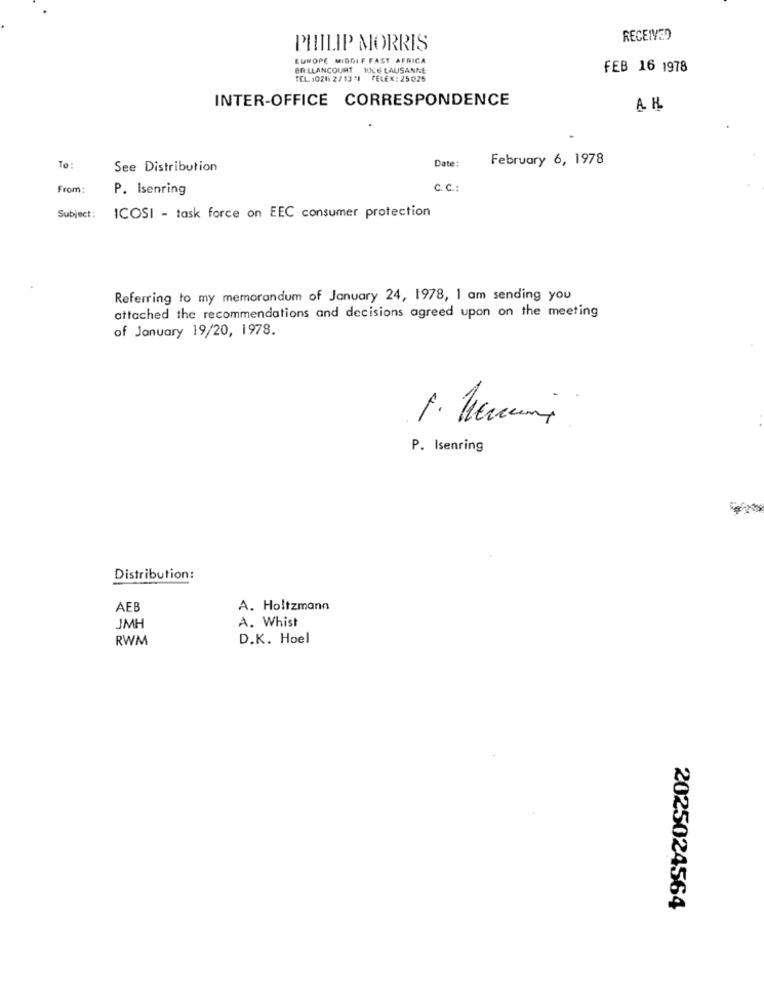
RECEIVED
PHILIP MORRIS
EUROPE MIDDLE FAST AFRICA
BALLANCOURT 10V6 LAUSANNE
FEB 16 1978
TEL. 10201 2/ 13 '1
FELEX : 25025
INTER-OFFICE CORRESPONDENCE
A K
February 6, 1978
To:
See Distribution
Date:
From:
P. Isenring
C. C .:
Subject:
ICOSI - task force on EEC consumer protection
Referring to my memorandum of January 24, 1978, I am sending you
attached the recommendations and decisions agreed upon on the meeting
of January 19/20, 1978.
P. Isenring
Distribution:
AEB
A. Holtzmann
A. Whist
JMH
RWM
D.K. Hoel
2025024564